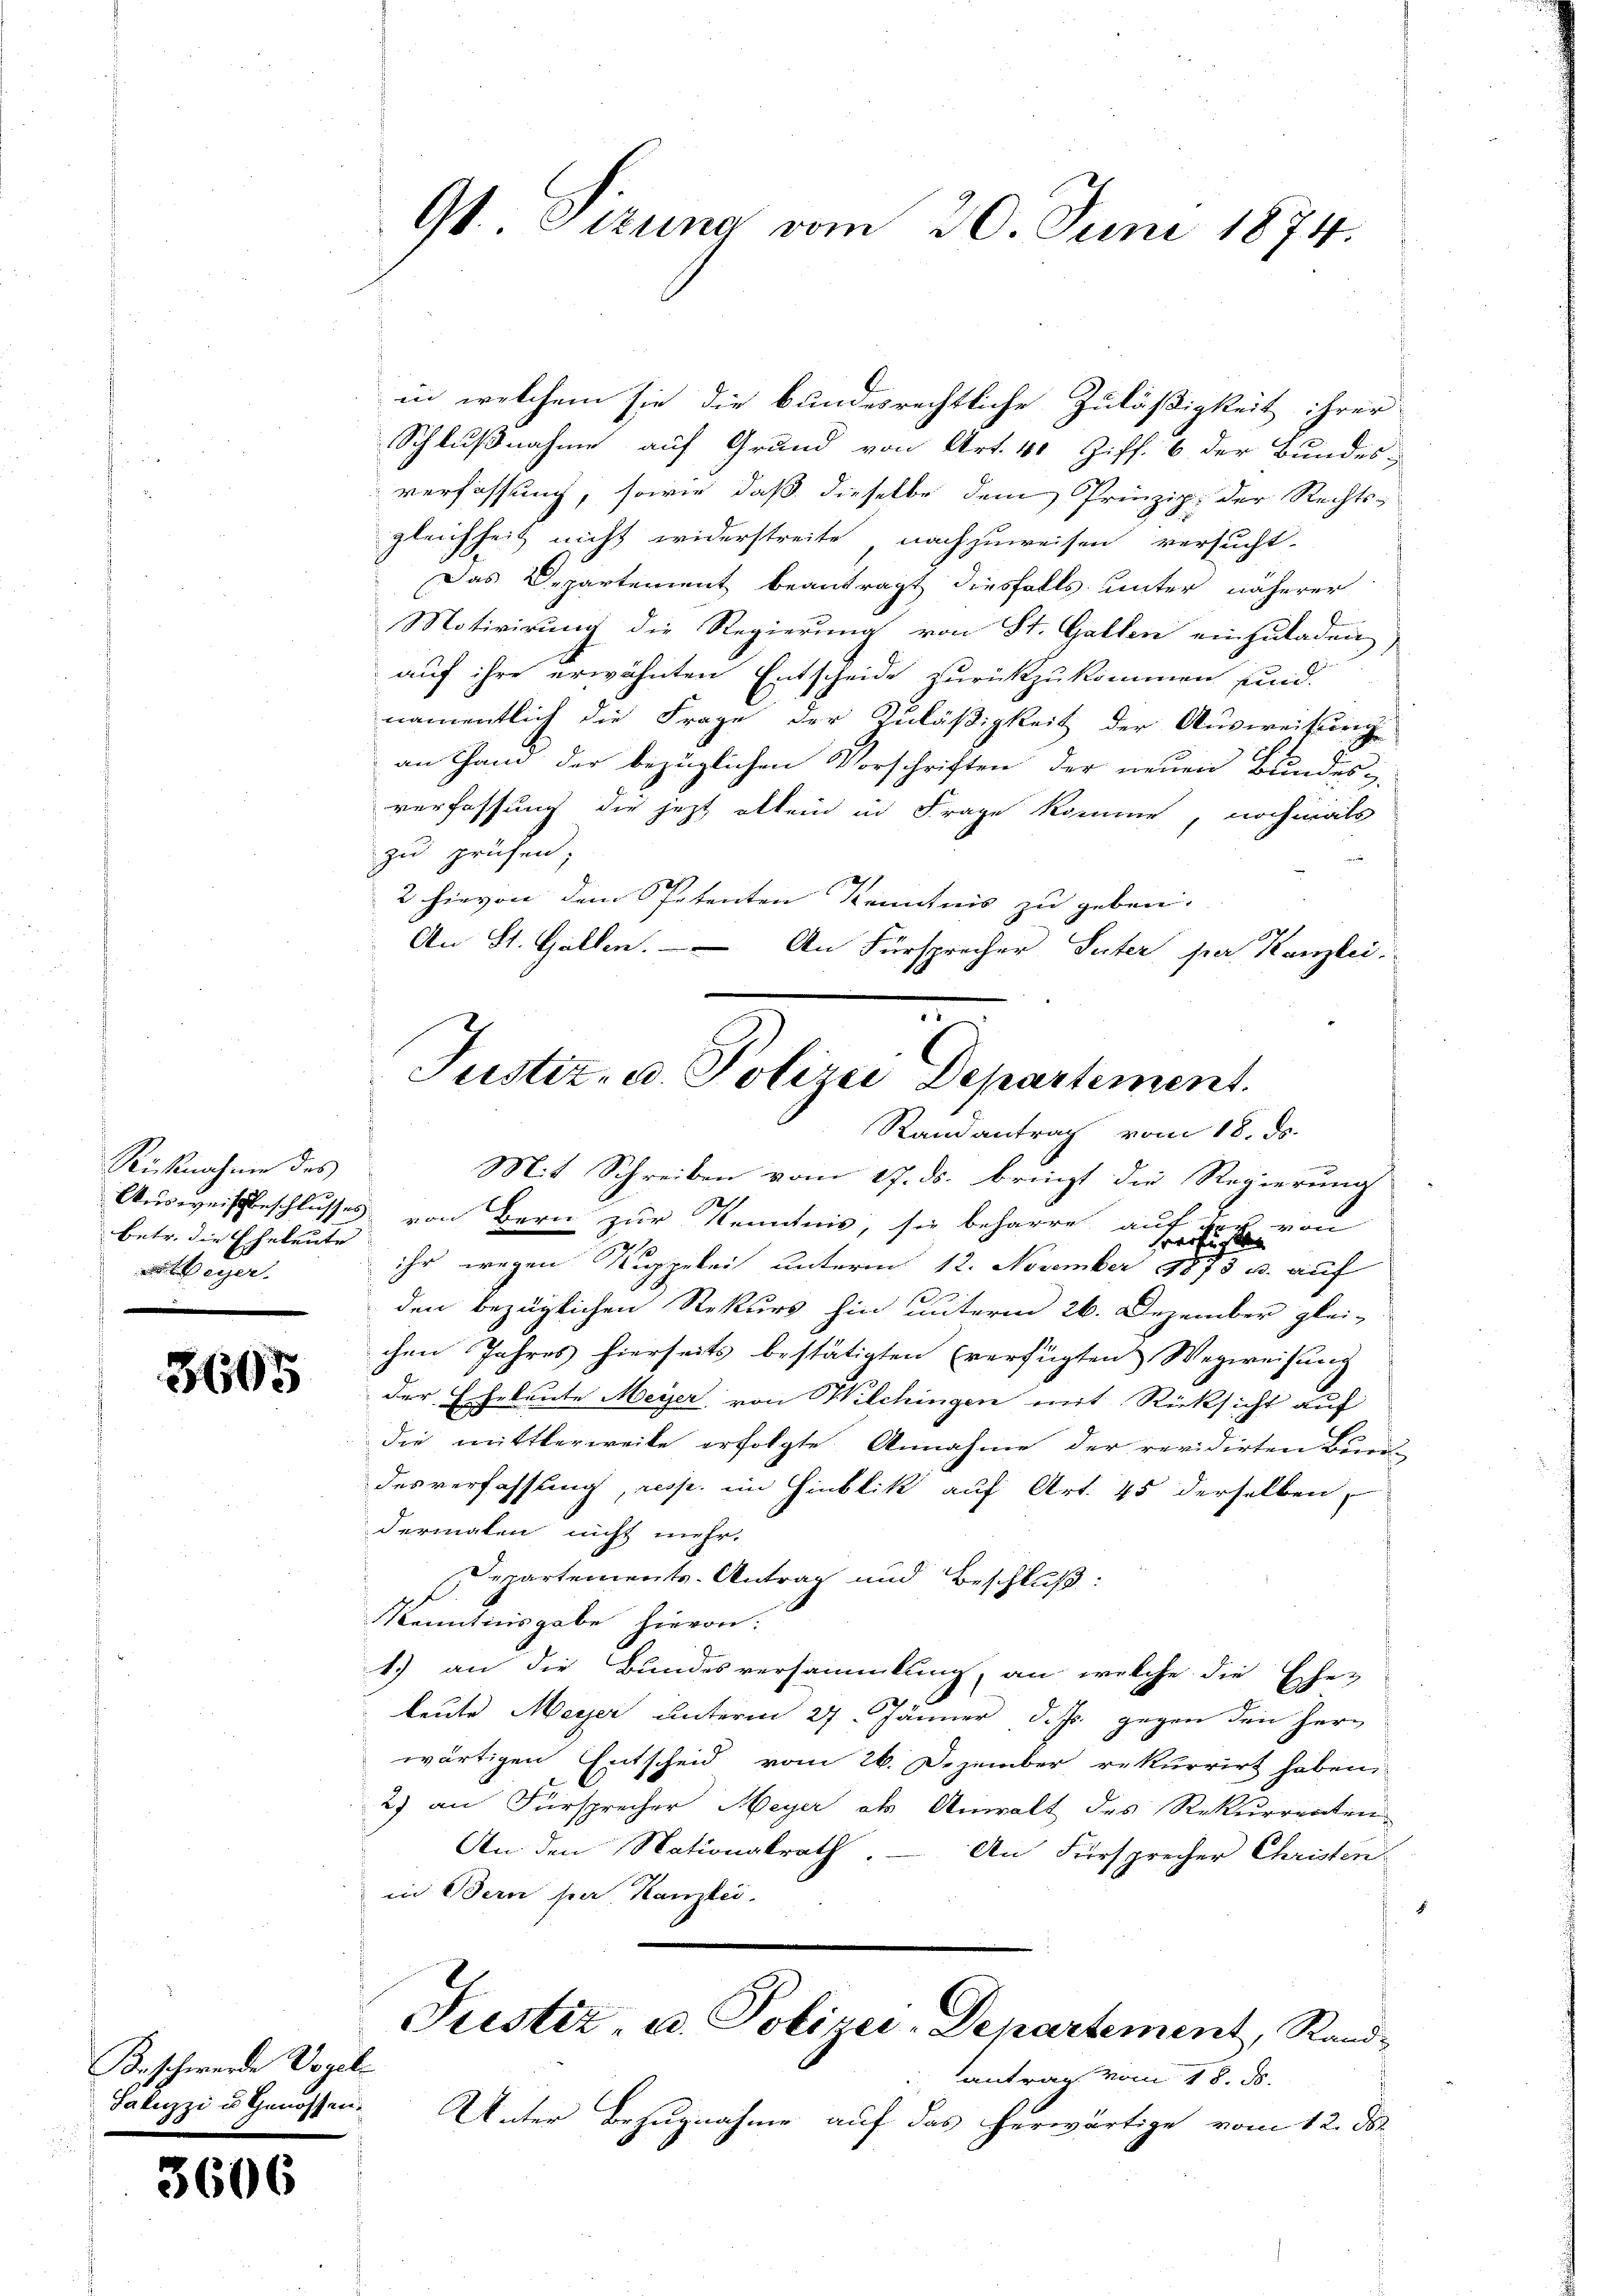
Rücknahme des
betr. die Eheleute |
 Meyer
e

3605

Beschwerde Vogel
Sakuzzi u. Genossen.

3606

G1. Pirung vom 20. Juni 1874.

in welchem sie die bundesrechtliche Zuläßigkeit ihrer
Schlußnahme auf Grund von Art. 40 Ziff. 6 der Bundes-
verfassung, sowie daß dieselbe dem Prinzip, der Rechts-
gleichheit nicht widerstreite nachzuweisen versucht.
Das Departement beantragt diesfalls unter näherer
Motivirung die Regierung von St. Gallen einzuladen
auf ihre erwähnten Entscheide zurückzukommen sind.
namentlich die Frage der Zuläßigkeit der Ausweisung
an Hand der bezüglichen Vorschriften der neuen Bundes-
verfassung die jezt allein in Frage komme, nochmals
zu prüfen;
2 hievon dem Petenten Kenntnis zu geben.
27/
An St. Gallen. — An Fürsprecher Peter per Kanzlei-
Mit Schreiben vom 17. ds. bringt die Regierung
Ausweisbeschlusses von Bern zur Kenntnis, sie beharre, auf der von
verfügen
ihr wegen Koppelei unterm 12. November 1873 u. auf
den bezüglichen Rekurs hin unterm 26. Dezember glei-
chen Jahres hierseits bestätigten verfügten Wegweisung
der Eheleute Meyer von Wilchingen mit Rücksicht auf
die mittlerweile erfolgte Annahme der revidirten Bund-
desverfassung, resp. im Hinblik auf Art. 45 derselben,
dermalen nicht mehr.
Departements-Antrag und Beschluß:
Kenntnisgabe hievon.
1.) an die Bundesversammlung, an welche die Ehe-
leute Meyer unterm 27. Jänner d. Js. gegen den Herwärtigen Entscheid vom 26. Dezember rekurrirt haben,
2) an Fürsprecher Meyer als Anwalt des Rekurrenten
An den Nationalrath. An Fürsprecher Christen
in Bern per Kanzlei.
Justiz, u. Polizei-Departement, Rand-
antrag vom 18. ds.
Unter Bezugnahme auf das herwärtige vom 12. ds.

Justiz- u. Polizei Departement.
Randantrag vom 18. ds.